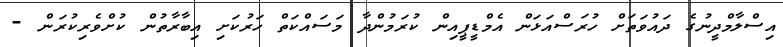
އިސްލާމްދީނުގެ ދައުވަތަށް ހުރަސްއަޅަން އެމްޑީޕީއިން ކުރަމުންދާ މަސައްކަތް ހަރުކަށި އިބާރާތުން ކުށްވެރިކުރަން -